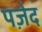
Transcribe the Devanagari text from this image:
पज़ेद